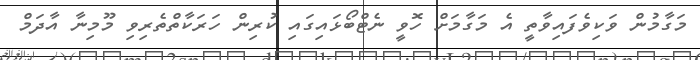
މަގާމުން ވަކިވެފައިވާތީ އެ މަގާމަށް ހޮވީ ނެޓްބޯޅައިގައި ކުރިން ހަރަކާތްތެރިވި މޫމިނާ އާދަމް